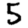
Digit: 5